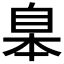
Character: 𦤎